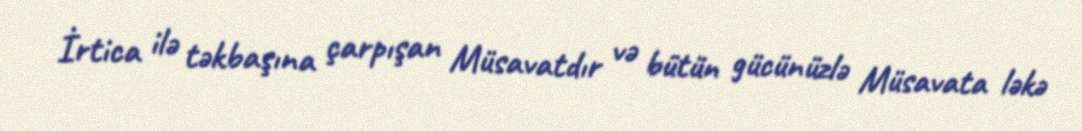
İrtica ilə təkbaşına çarpışan Müsavatdır və bütün gücünüzlə Müsavata ləkə